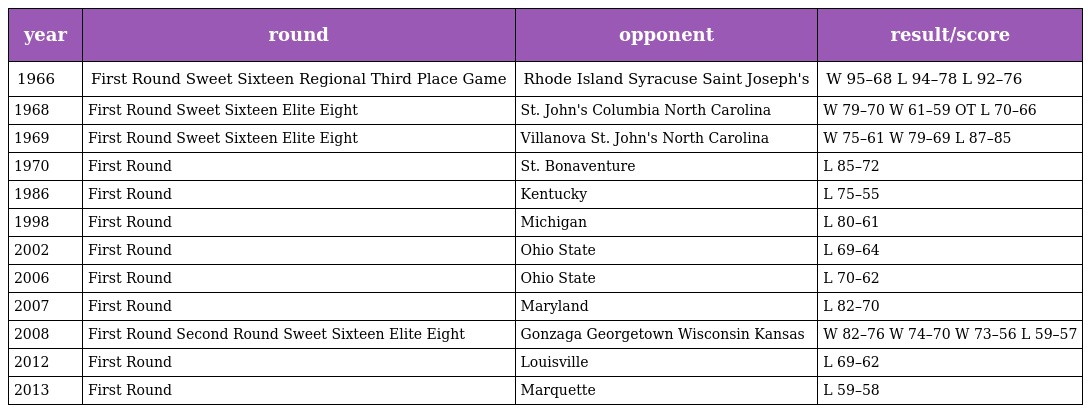
| year | round | opponent | result/score |
 | --- | --- | --- | --- |
 | 1966 | First Round Sweet Sixteen Regional Third Place Game | Rhode Island Syracuse Saint Joseph's | W 95–68 L 94–78 L 92–76 |
 | 1968 | First Round Sweet Sixteen Elite Eight | St. John's Columbia North Carolina | W 79–70 W 61–59 OT L 70–66 |
 | 1969 | First Round Sweet Sixteen Elite Eight | Villanova St. John's North Carolina | W 75–61 W 79–69 L 87–85 |
 | 1970 | First Round | St. Bonaventure | L 85–72 |
 | 1986 | First Round | Kentucky | L 75–55 |
 | 1998 | First Round | Michigan | L 80–61 |
 | 2002 | First Round | Ohio State | L 69–64 |
 | 2006 | First Round | Ohio State | L 70–62 |
 | 2007 | First Round | Maryland | L 82–70 |
 | 2008 | First Round Second Round Sweet Sixteen Elite Eight | Gonzaga Georgetown Wisconsin Kansas | W 82–76 W 74–70 W 73–56 L 59–57 |
 | 2012 | First Round | Louisville | L 69–62 |
 | 2013 | First Round | Marquette | L 59–58 |